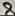
Text: 8